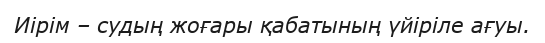
Иірім – судың жоғары қабатының үйіріле ағуы.